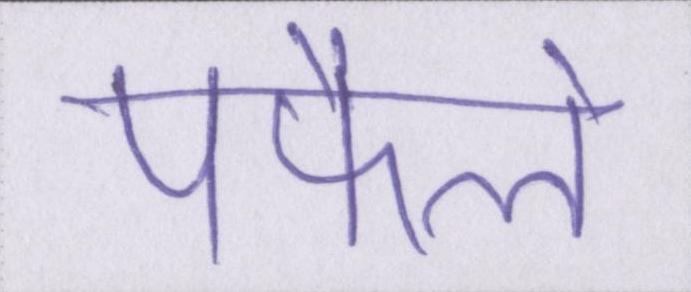
पफैले